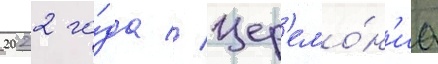
2022 го́да // Цер'емо́н'иа